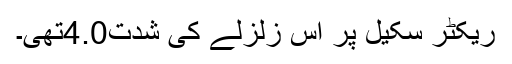
ریکٹر سکیل پر اس زلزلے کی شدت4.0تھی۔